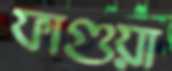
ফাগুয়া